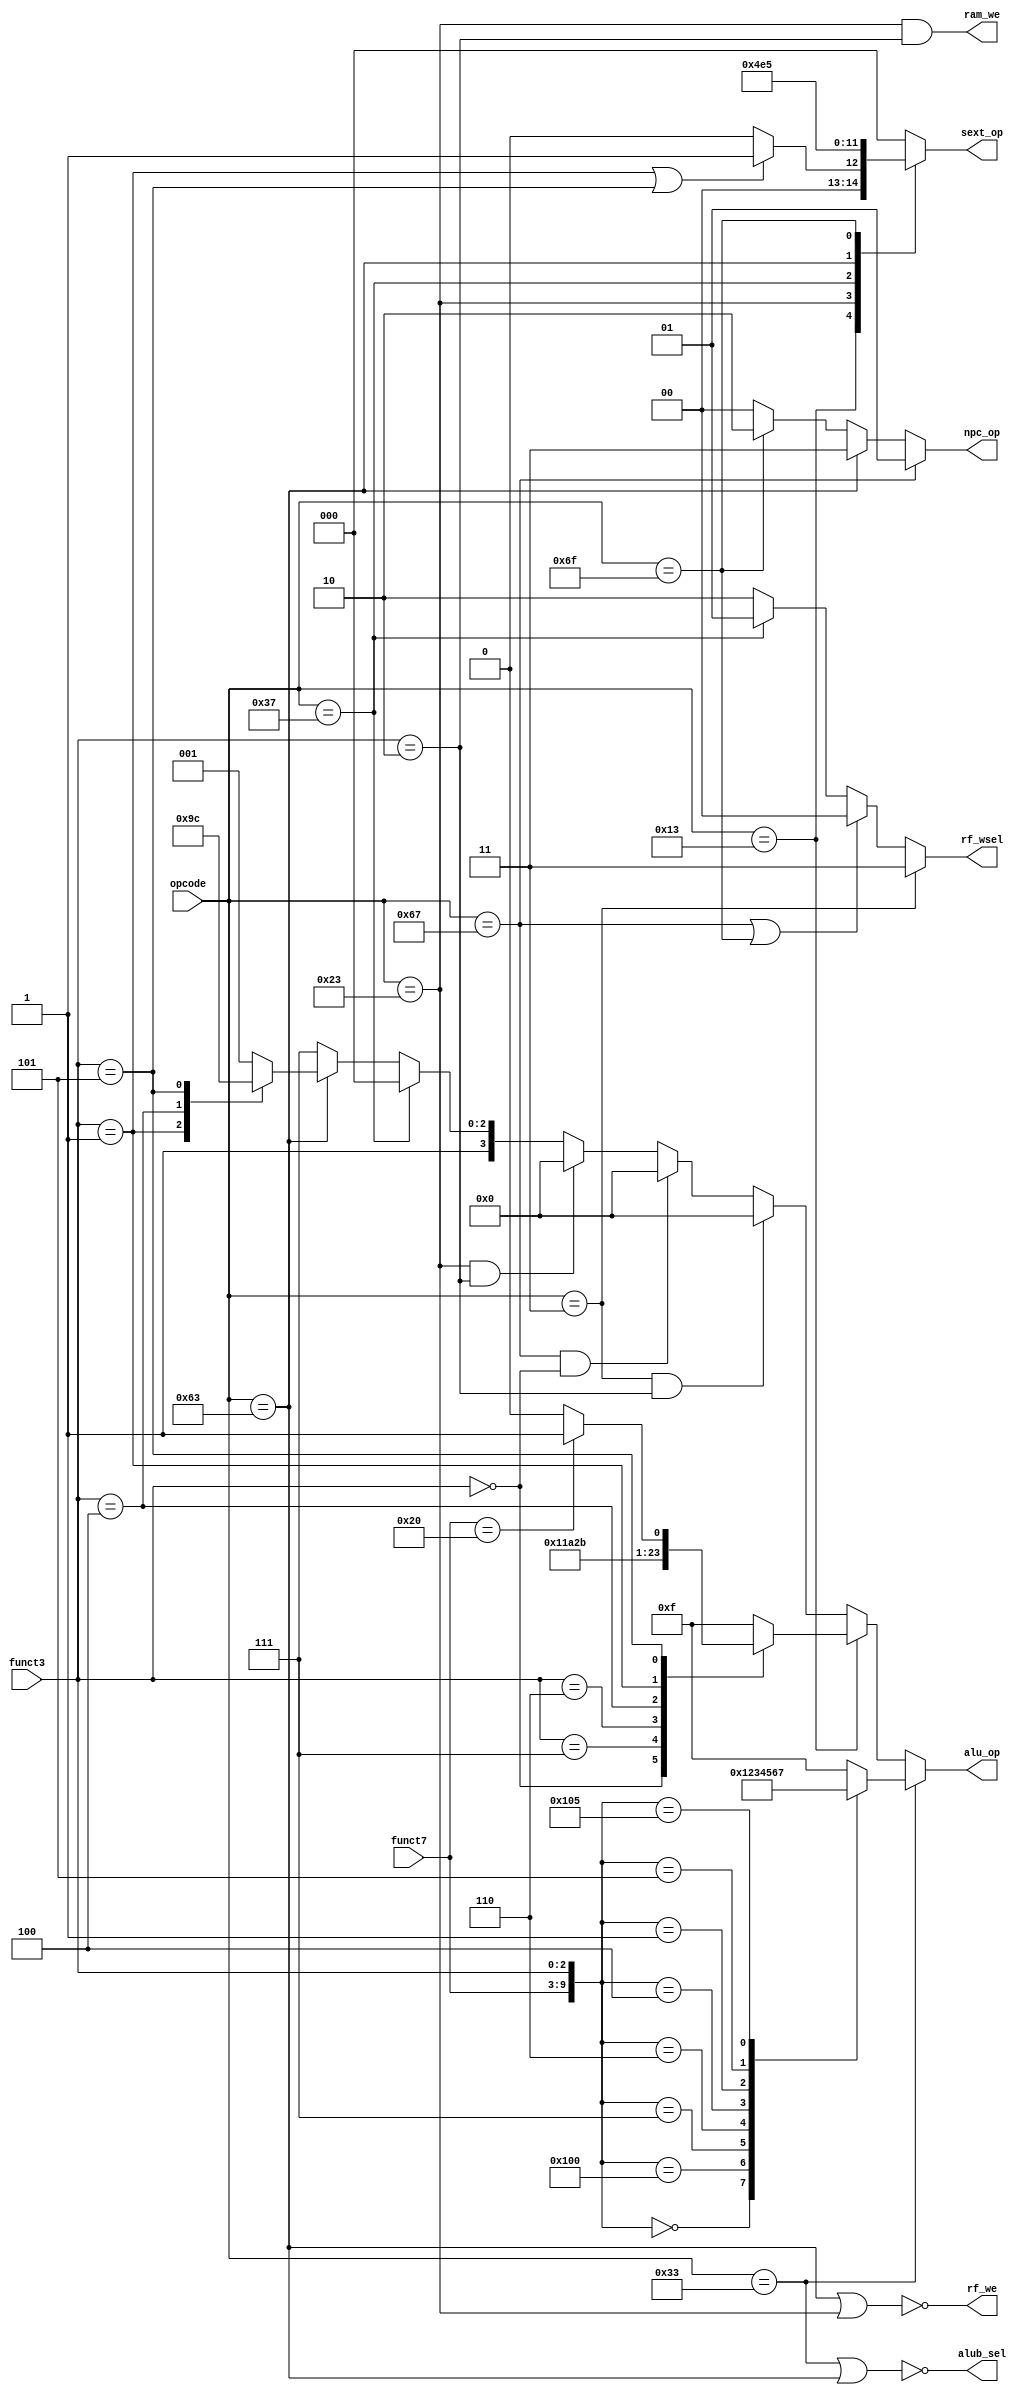
module Controller (
    input [6:0] opcode,
    input [2:0] funct3,
    input [6:0] funct7,

    output reg [1:0] npc_op,
    output rf_we,
    output reg [1:0] rf_wsel,
    output alub_sel,
    output reg [2:0] sext_op,
    output reg [3:0] alu_op,
    output ram_we
);
    //npc_op
    always @(*) begin
        if(opcode == 7'b1100111) npc_op = 2'd1;//NPC_ALU
        else if(opcode == 7'b1100011) npc_op = 2'd3;//NPC_BR
        else if(opcode == 7'b1101111) npc_op = 2'd2;//NPC_JUMP
        else npc_op = 2'd0;//NPC_PC4
    end

    assign rf_we = ~((opcode == 7'b1100011) | (opcode == 7'b0100011));

    //rf_wsel
    always @(*) begin
        if(opcode == 7'b0000011) rf_wsel = 2'd3;//WB_DRAM
        else if(opcode == 7'b1100111 || opcode == 7'b1101111) rf_wsel = 2'd0;//WB_PC4
        else if(opcode == 7'b0110111) rf_wsel = 2'd1;//WB_SEXT
        else rf_wsel = 2'd2;//WB_ALU
    end

    //sext_op
    always @(*) begin
        case(opcode)
            7'b0010011: begin // I
                if(funct3 == 3'b001 || funct3 == 3'b101)   // EXT_I2
                    sext_op = 3'd1;
                else sext_op = 3'd0;//EXT_I
            end
            7'b0000011: sext_op = 3'd0; // lw
            7'b1100111: sext_op = 3'd0; // jalr
            7'b0100011: sext_op = 3'd2; // EXT_S
            7'b0110111: sext_op = 3'd3; // EXT_U
            7'b1100011: sext_op = 3'd4; // EXT_B
            7'b1101111: sext_op = 3'd5; // EXT_J
            default:    sext_op = 3'd0;
        endcase
    end

    assign alub_sel = ~((opcode == 7'b0110011) | (opcode == 7'b1100011));

    //alu_op
    always @(*) begin
        if (opcode == 7'b0110011)  begin   //R
            case({funct7, funct3})  
                10'b0000000000:     alu_op = 4'd0;    // +
                10'b0100000000:     alu_op = 4'd1;    // -
                10'b0000000111:     alu_op = 4'd2;    // &
                10'b0000000110:     alu_op = 4'd3;    // |
                10'b0000000100:     alu_op = 4'd4;    // ^
                10'b0000000001:     alu_op = 4'd5;    // 
                10'b0000000101:     alu_op = 4'd6;    // 
                10'b0100000101:     alu_op = 4'd7;    // 
                default:            alu_op = 4'd15;
            endcase
        end
        else if (opcode == 7'b0010011)  begin   // I
            case({funct3})  
                3'b000:     alu_op = 4'd0;    // +
                3'b111:     alu_op = 4'd2;    // &
                3'b110:     alu_op = 4'd3;    // |
                3'b100:     alu_op = 4'd4;    // ^
                3'b001:     alu_op = 4'd5;    // 
                3'b101:     begin
                    case(funct7)
                        7'b0000000: alu_op = 4'd6;    // 
                        7'b0100000: alu_op = 4'd7;    // 
                        default:    alu_op = 4'd6;    
                    endcase
                end
                default:            alu_op = 4'd15;
            endcase
        end
        else if (opcode == 7'b0000011 && funct3==3'b010)  begin   // lw
            alu_op = 4'd0;    // +
        end
        else if (opcode == 7'b1100111 && funct3==3'b000)  begin   // jalr
            alu_op = 4'd0;    // +
        end
        else if (opcode == 7'b0100011 && funct3==3'b010)  begin   // sw
            alu_op = 4'd0;    // +
        end
        else if (opcode == 7'b0110111)  begin
            alu_op = 4'd8; //lui
        end
        else if (opcode == 7'b1100011) begin
            case (funct3)
                3'b000:alu_op = 4'd9;//EQ
                3'b001:alu_op = 4'd10;//NE
                3'b100:alu_op = 4'd11;//LT
                3'b101:alu_op = 4'd12;//GE 
                default: alu_op = 4'd9;
            endcase
        end
        else    alu_op = 4'd15;
    end
    
    assign ram_we = (opcode == 7'b0100011) & (funct3 == 3'b010);//sw

endmodule